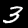
Label: 3